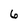
Character: 6